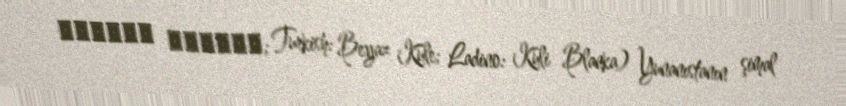
Λευκός Πύργος; Turkish: Beyaz Kule; Ladino: Kuli Blanka) Yunanıstanın şimal